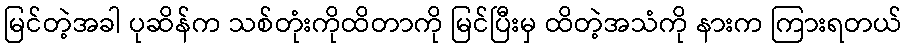
မြင်တဲ့အခါ ပုဆိန်က သစ်တုံးကိုထိတာကို မြင်ပြီးမှ ထိတဲ့အသံကို နားက ကြားရတယ်